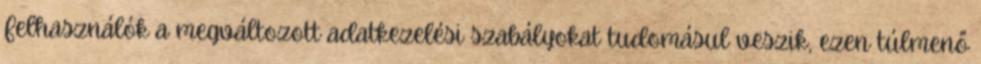
Felhasználók a megváltozott adatkezelési szabályokat tudomásul veszik, ezen túlmenő